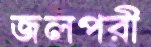
জলপরী